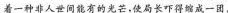
着一种非人世间能有的光芒，使局长吓得缩成一团。